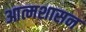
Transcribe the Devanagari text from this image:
आत्मशासन